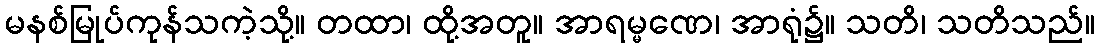
မနစ်မြုပ်ကုန်သကဲ့သို့။ တထာ၊ ထို့အတူ။ အာရမ္မဏေ၊ အာရုံ၌။ သတိ၊ သတိသည်။